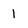
Character: 1